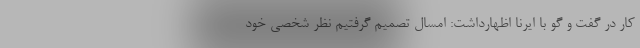
کار در گفت و گو با ایرنا اظهارداشت: امسال تصمیم گرفتیم نظر شخصی خود